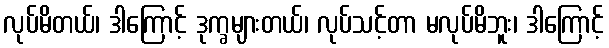
လုပ်မိတယ်၊ ဒါကြောင့် ဒုက္ခများတယ်၊ လုပ်သင့်တာ မလုပ်မိဘူး၊ ဒါကြောင့်